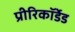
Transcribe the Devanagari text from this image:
प्रीरिकॉर्डेड